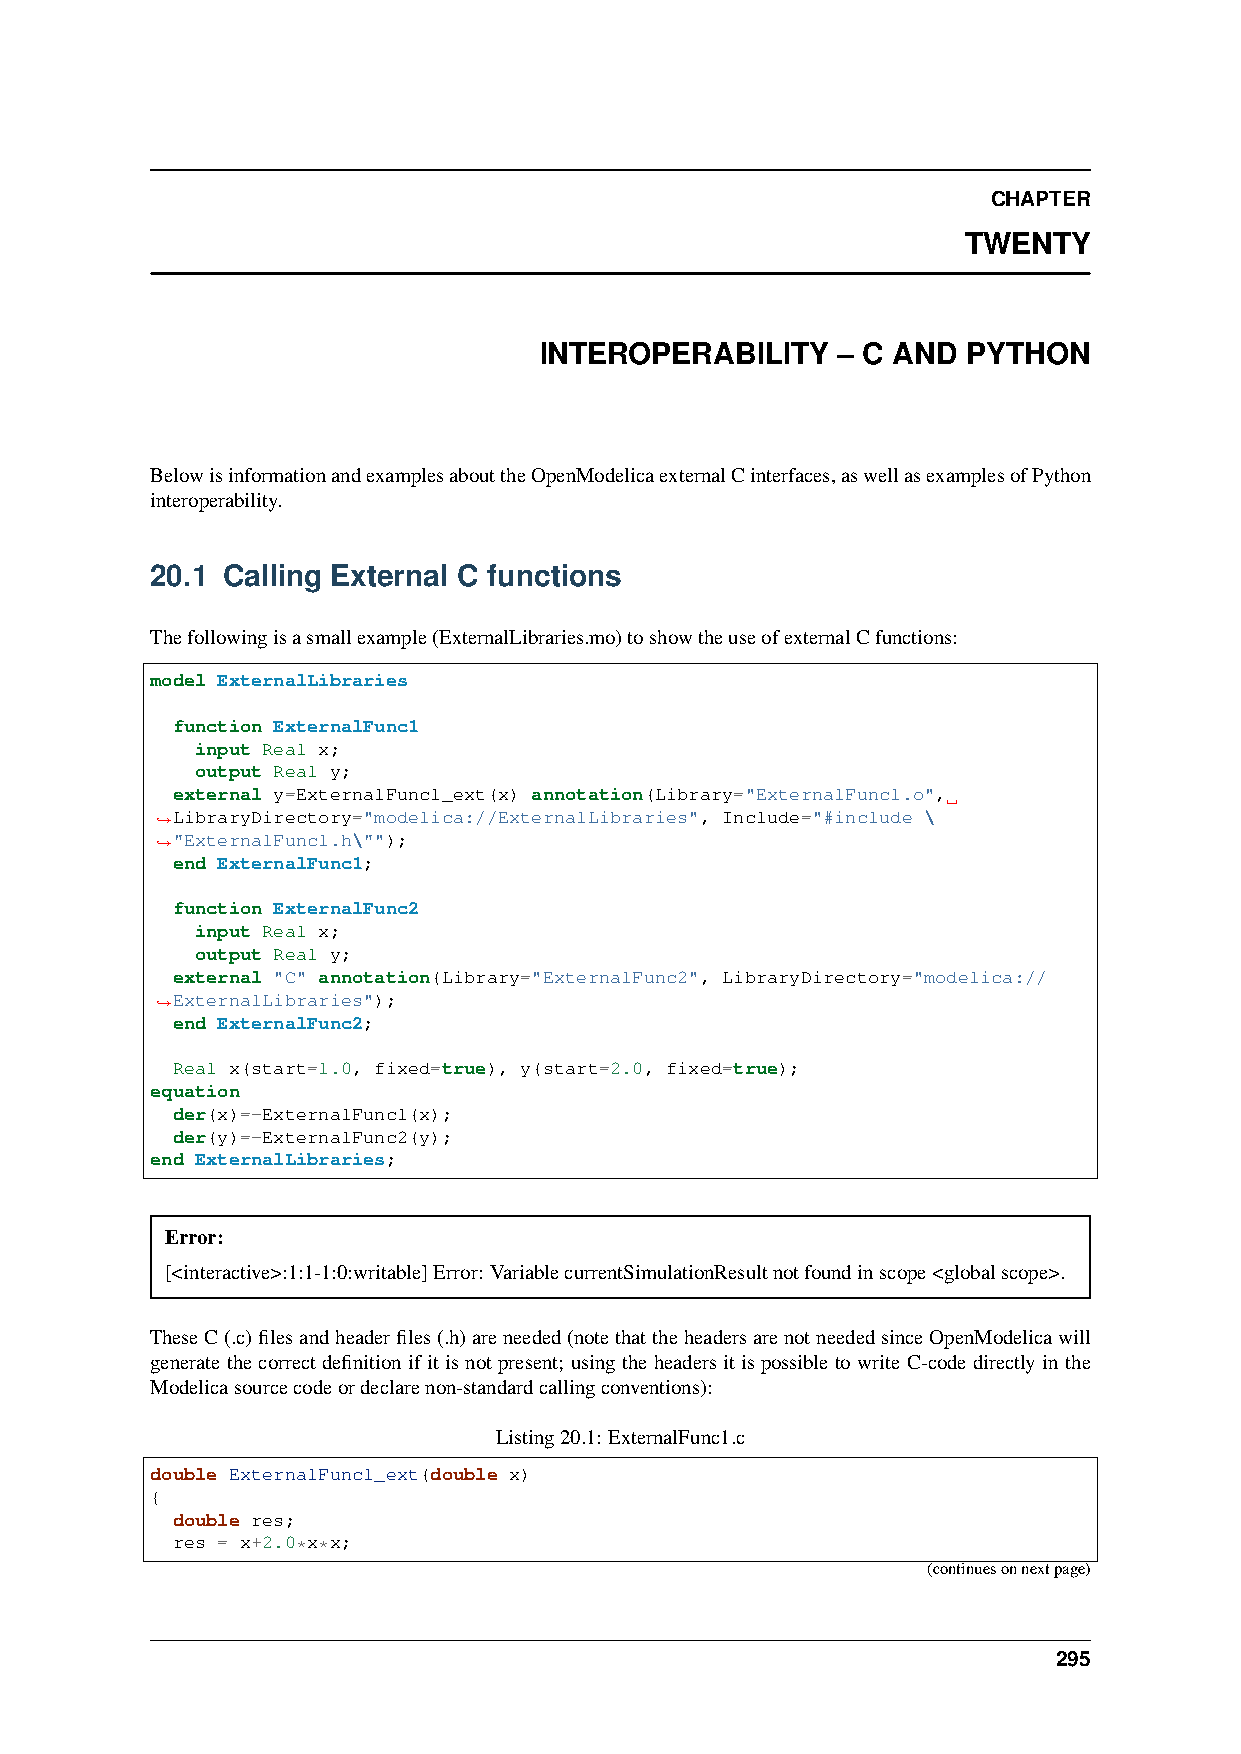
CHAPTER
 TWENTY
 INTEROPERABILITY   – C AND  PYTHON
 BelowisinformationandexamplesabouttheOpenModelicaexternalCinterfaces,aswellasexamplesofPython
 interoperability.
 20.1 Calling External C functions
 Thefollowingisasmallexample(ExternalLibraries.mo)toshowtheuseofexternalCfunctions:
 model ExternalLibraries
 function ExternalFunc1
 input Real x;
 output Real y;
 external y=ExternalFunc1_ext(x) annotation(Library="ExternalFunc1.o",
 LibraryDirectory="modelica://ExternalLibraries", Include="#include \
 ˓→
 "ExternalFunc1.h\"");
 ˓→
 end ExternalFunc1;
 function ExternalFunc2
 input Real x;
 output Real y;
 external "C" annotation(Library="ExternalFunc2", LibraryDirectory="modelica://
 ExternalLibraries");
 ˓→
 end ExternalFunc2;
 Real x(start=1.0, fixed=true), y(start=2.0, fixed=true);
 equation
 der(x)=-ExternalFunc1(x);
 der(y)=-ExternalFunc2(y);
 end ExternalLibraries;
 Error:
 [<interactive>:1:1-1:0:writable]Error: VariablecurrentSimulationResultnotfoundinscope<globalscope>.
 TheseC(.c)filesandheaderfiles(.h)areneeded(notethattheheadersarenotneededsinceOpenModelicawill
 generate the correct definition if it is not present; using the headers it is possible to write C-code directly in the
 Modelicasourcecodeordeclarenon-standardcallingconventions):
 Listing20.1: ExternalFunc1.c
 double ExternalFunc1_ext(double x)
 {
 double res;
 res = x+2.0*x*x;
 (continuesonnextpage)
 295